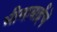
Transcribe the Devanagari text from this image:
भीमाबाईंचे